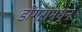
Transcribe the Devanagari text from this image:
डोंगरांमधून